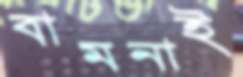
বামনাই